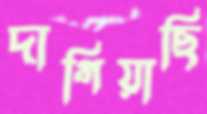
দাগিয়াছি